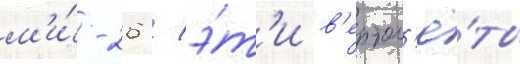
м'и́-26 / э́т'и в'ертол'ё́ты